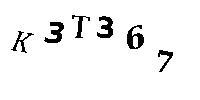
K3T367